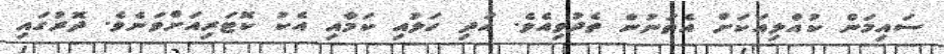
ސައިމަން ކުއްލިއަކަށް އެތަނުން ތެދުވިއެވެ. އަދި ހަލުއި ކަމާއި އެކު ކޮޓަރިއަށްވަނެވެ. ދޮރުގައި